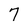
Character: 7